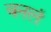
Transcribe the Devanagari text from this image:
बनलं